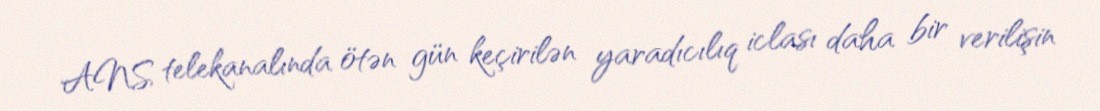
ANS telekanalında ötən gün keçirilən yaradıcılıq iclası daha bir verilişin